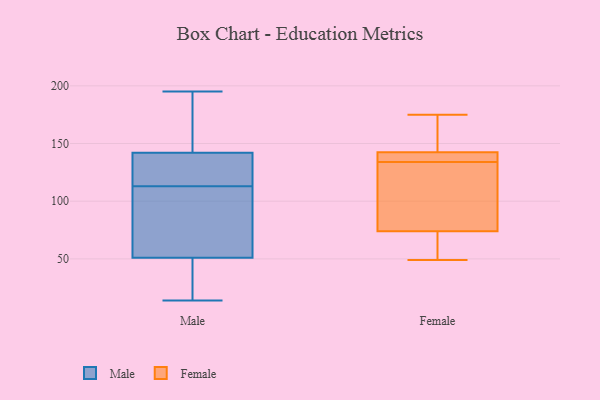
{"axis": {"x": "Customer Acquisition Cost (USD)", "y": "Value"}, "legend": ["Female", "Male"], "data": [{"x": "", "y": 125, "type": "Male"}, {"x": "", "y": 130, "type": "Male"}, {"x": "", "y": 70, "type": "Male"}, {"x": "", "y": 150, "type": "Male"}, {"x": "", "y": 114, "type": "Male"}, {"x": "", "y": 191, "type": "Male"}, {"x": "", "y": 87, "type": "Male"}, {"x": "", "y": 18, "type": "Male"}, {"x": "", "y": 14, "type": "Male"}, {"x": "", "y": 110, "type": "Male"}, {"x": "", "y": 34, "type": "Male"}, {"x": "", "y": 195, "type": "Male"}, {"x": "", "y": 51, "type": "Male"}, {"x": "", "y": 35, "type": "Male"}, {"x": "", "y": 137, "type": "Male"}, {"x": "", "y": 142, "type": "Male"}, {"x": "", "y": 194, "type": "Male"}, {"x": "", "y": 112, "type": "Male"}, {"x": "", "y": 161, "type": "Female"}, {"x": "", "y": 132, "type": "Female"}, {"x": "", "y": 87, "type": "Female"}, {"x": "", "y": 136, "type": "Female"}, {"x": "", "y": 59, "type": "Female"}, {"x": "", "y": 61, "type": "Female"}, {"x": "", "y": 141, "type": "Female"}, {"x": "", "y": 144, "type": "Female"}, {"x": "", "y": 115, "type": "Female"}, {"x": "", "y": 138, "type": "Female"}, {"x": "", "y": 175, "type": "Female"}, {"x": "", "y": 49, "type": "Female"}]}